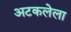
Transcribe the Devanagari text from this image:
अटकलेला